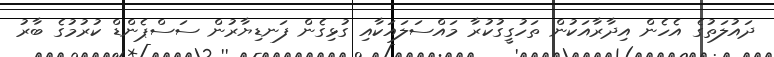
ދައުލަތުގެ އެހެން އިދާރާއަކުން ތަހުގީގުކުރާ މައްސަލައަކާއި ގުޅިގެން ފަނޑިޔާރުން ސަސްޕެންޑް ކުރުމުގެ ބާރު